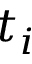
t _ { i }